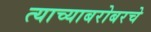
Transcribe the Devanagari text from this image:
त्याच्याबरोबरचे